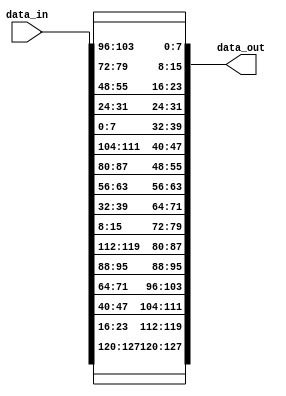
module InvShiftRows(
    input [127:0] data_in,
    output [127:0] data_out
);
    genvar i;
    generate
        for( i = 31; i < 128 ; i = i + 32)begin : p1
            assign data_out[i : i-7] = data_in[i : i-7];
        end
		  for( i = 23; i < 119 ; i = i + 32)begin : p2
            assign data_out[i : i-7] = data_in[i+32 : i+25];
        end
        assign data_out[119:112] = data_in[23:16];
        for( i = 111; i >= 79 ; i = i - 32)begin : p3
            assign data_out[i : i-7] = data_in[i-64 : i-71];
        end
        assign data_out[47:40] = data_in[111:104];
        assign data_out[15:8] = data_in[79:72];
        for( i = 103; i >= 39 ; i = i - 32)begin : p4
            assign data_out[i : i-7] = data_in[i-32 : i-39];
        end
        assign data_out[7:0] = data_in[103:96];
    endgenerate
endmodule